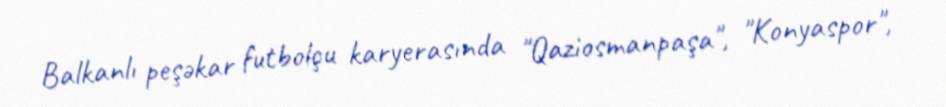
Balkanlı peşəkar futbolçu karyerasında "Qaziosmanpaşa", "Konyaspor",